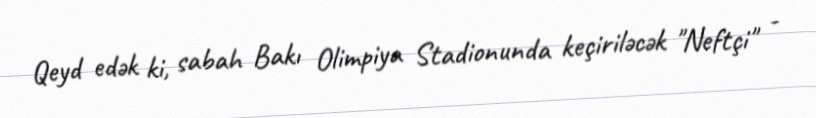
Qeyd edək ki, sabah Bakı Olimpiya Stadionunda keçiriləcək "Neftçi" -